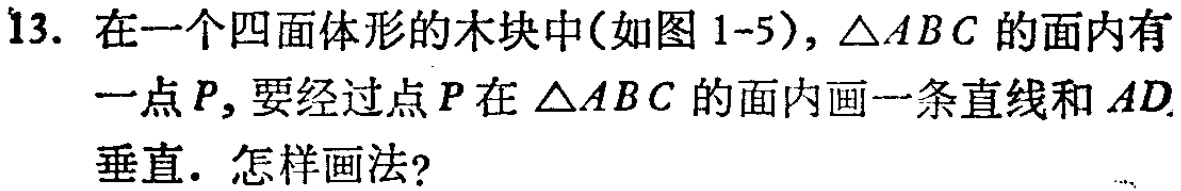
13. 在一个四面体形的木块中(如图 1-5), $\triangle ABC$ 的面内有一点$P$, 要经过点$P$在 $\triangle ABC$ 的面内画一条直线和 $AD$垂直. 怎样画法?